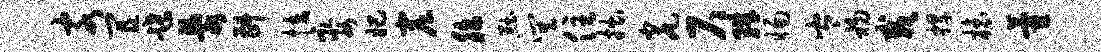
客宜蹀乱斟怯娶妃窟胎黜巽住拙瓮尺珠惕岑初栽捍榱藿